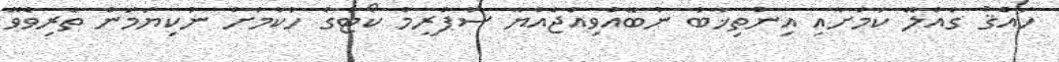
ހައްޤު ގެއްލޭ ކަމަށާއި އިންތިޚާބު ނުބޭއްވިއްޖެއްޔާ ސުޕްރީމް ކޯޓުގެ ހުކުމަށް ނުކިޔަމަން ތެރިވެވޭ